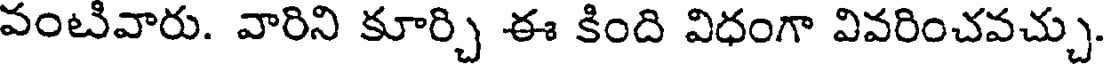
వంటివారు. వారిని కూర్చి ఈ కింది విధంగా వివరించవచ్చు